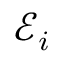
\mathcal { E } _ { i }